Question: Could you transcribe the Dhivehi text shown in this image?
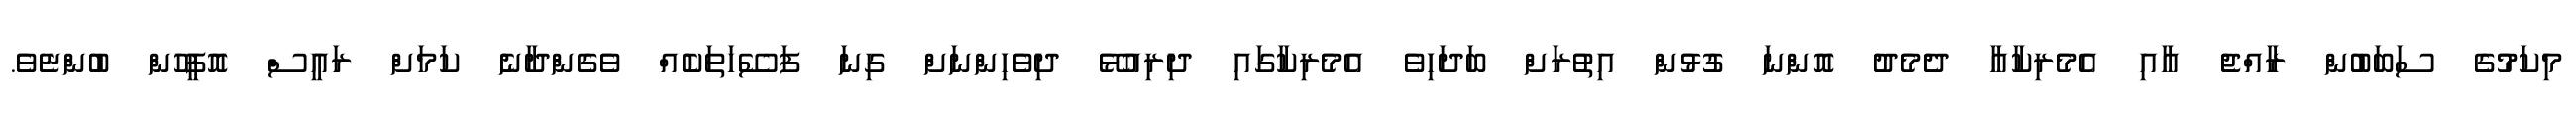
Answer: މިކަމުގެ ސަބަބުން ރާއްޖެ އާއި އެމެރިކާއާ ދެމެދު އޮންނަ ގުޅުން އިތުރަށް ބަދަހިވެ އެމެރިކާގައި ދިރިއުޅޭ ދިވެހިންނަށް ގިނަ ފަސޭހަތަކެއް ވެގެންދާނެ ކަމަށް ރައީސް އޮފީހުން ބުންޏެވެ.